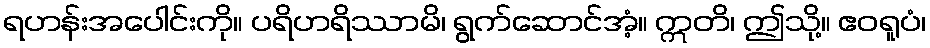
ရဟန်းအပေါင်းကို။ ပရိဟရိဿာမိ၊ ရွက်ဆောင်အံ့။ ဣတိ၊ ဤသို့။ ဧဝရူပံ၊